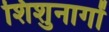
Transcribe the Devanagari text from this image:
शिशुनागों